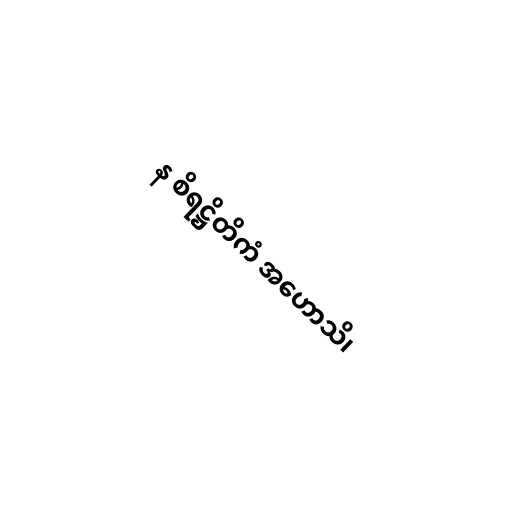
န စိရဋ္ဌိတိကံ အဟောသိ၊